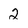
Character: 2